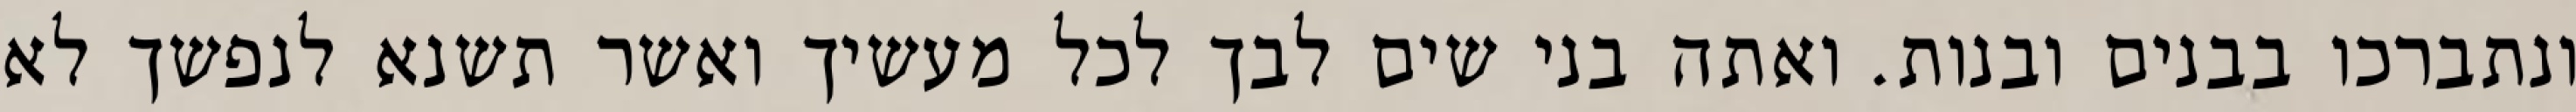
ונתברכו בבנים ובנות. ואתה בני שים לבך לכל מעשיך ואשר תשנא לנפשך לא